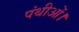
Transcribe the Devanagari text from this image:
पंथीओं।